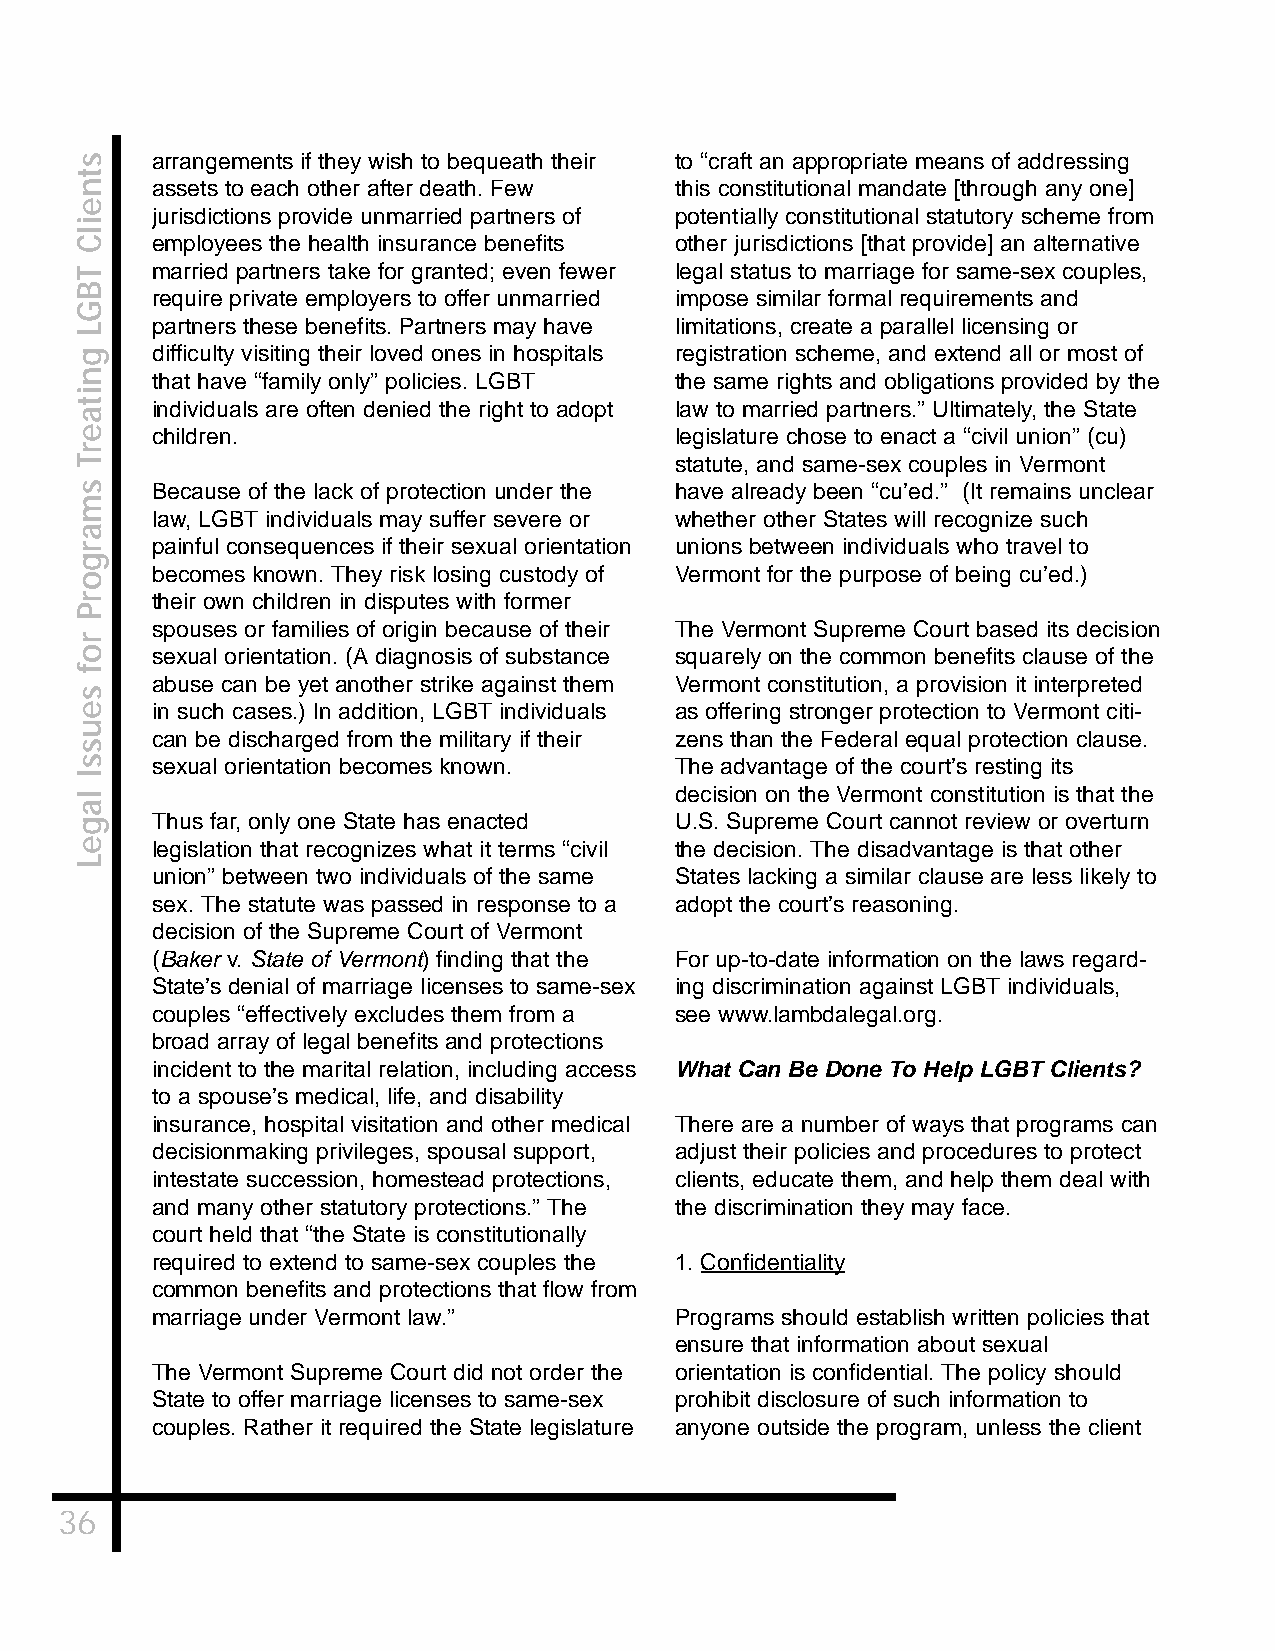
arrangements if they wish to bequeath their to “craft an appropriate means of addressing
 assets to each other after death. Few this constitutional mandate [through any one]
 jurisdictions provide unmarried partners of potentially constitutional statutory scheme from
 employees the health insurance benefits other jurisdictions [that provide] an alternative
 married partners take for granted; even fewer legal status to marriage for same-sex couples,
 require private employers to offer unmarried impose similar formal requirements and
 partners these benefits. Partners may have limitations, create a parallel licensing or
 difficulty visiting their loved ones in hospitals registration scheme, and extend all or most of
 that have “family only” policies. LGBT the same rights and obligations provided by the
 individuals are often denied the right to adopt law to married partners.” Ultimately, the State
 children.                          legislature chose to enact a “civil union” (cu)
 statute, and same-sex couples in Vermont
 Because of the lack of protection under the have already been “cu’ed.” (It remains unclear
 law, LGBT individuals may suffer severe or whether other States will recognize such
 painful consequences if their sexual orientation unions between individuals who travel to
 becomes known. They risk losing custody of Vermont for the purpose of being cu’ed.)
 their own children in disputes with former
 spouses or families of origin because of their The Vermont Supreme Court based its decision
 sexual orientation. (A diagnosis of substance squarely on the common benefits clause of the
 abuse can be yet another strike against them Vermont constitution, a provision it interpreted
 in such cases.) In addition, LGBT individuals as offering stronger protection to Vermont citi-
 can be discharged from the military if their zens than the Federal equal protection clause.
 sexual orientation becomes known.  The advantage of the court’s resting its
 decision on the Vermont constitution is that the
 Thus far, only one State has enacted U.S. Supreme Court cannot review or overturn
 legislation that recognizes what it terms “civil the decision. The disadvantage is that other
 union” between two individuals of the same States lacking a similar clause are less likely to
 sex. The statute was passed in response to a adopt the court’s reasoning.
 decision of the Supreme Court of Vermont
 (Baker v. State of Vermont) finding that the For up-to-date information on the laws regard-
 State’s denial of marriage licenses to same-sex ing discrimination against LGBT individuals,
 couples “effectively excludes them from a see www.lambdalegal.org.
 broad array of legal benefits and protections
 incident to the marital relation, including access What Can Be Done To Help LGBT Clients?
 to a spouse’s medical, life, and disability
 insurance, hospital visitation and other medical There are a number of ways that programs can
 decisionmaking privileges, spousal support, adjust their policies and procedures to protect
 intestate succession, homestead protections, clients, educate them, and help them deal with
 and many other statutory protections.” The the discrimination they may face.
 court held that “the State is constitutionally
 required to extend to same-sex couples the 1. Confidentiality
 common benefits and protections that flow from
 marriage under Vermont law.”       Programs should establish written policies that
 ensure that information about sexual
 The Vermont Supreme Court did not order the orientation is confidential. The policy should
 State to offer marriage licenses to same-sex prohibit disclosure of such information to
 couples. Rather it required the State legislature anyone outside the program, unless the client
 36
 stneilC
 TBGL
 gnitaerT
 smargorP
 rof
 seussI
 lageL